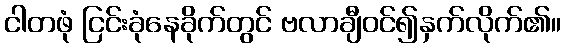
ငါတဖုံ ငြင်းခုံနေခိုက်တွင် ဗလာချီဝင်၍နှက်လိုက်၏။